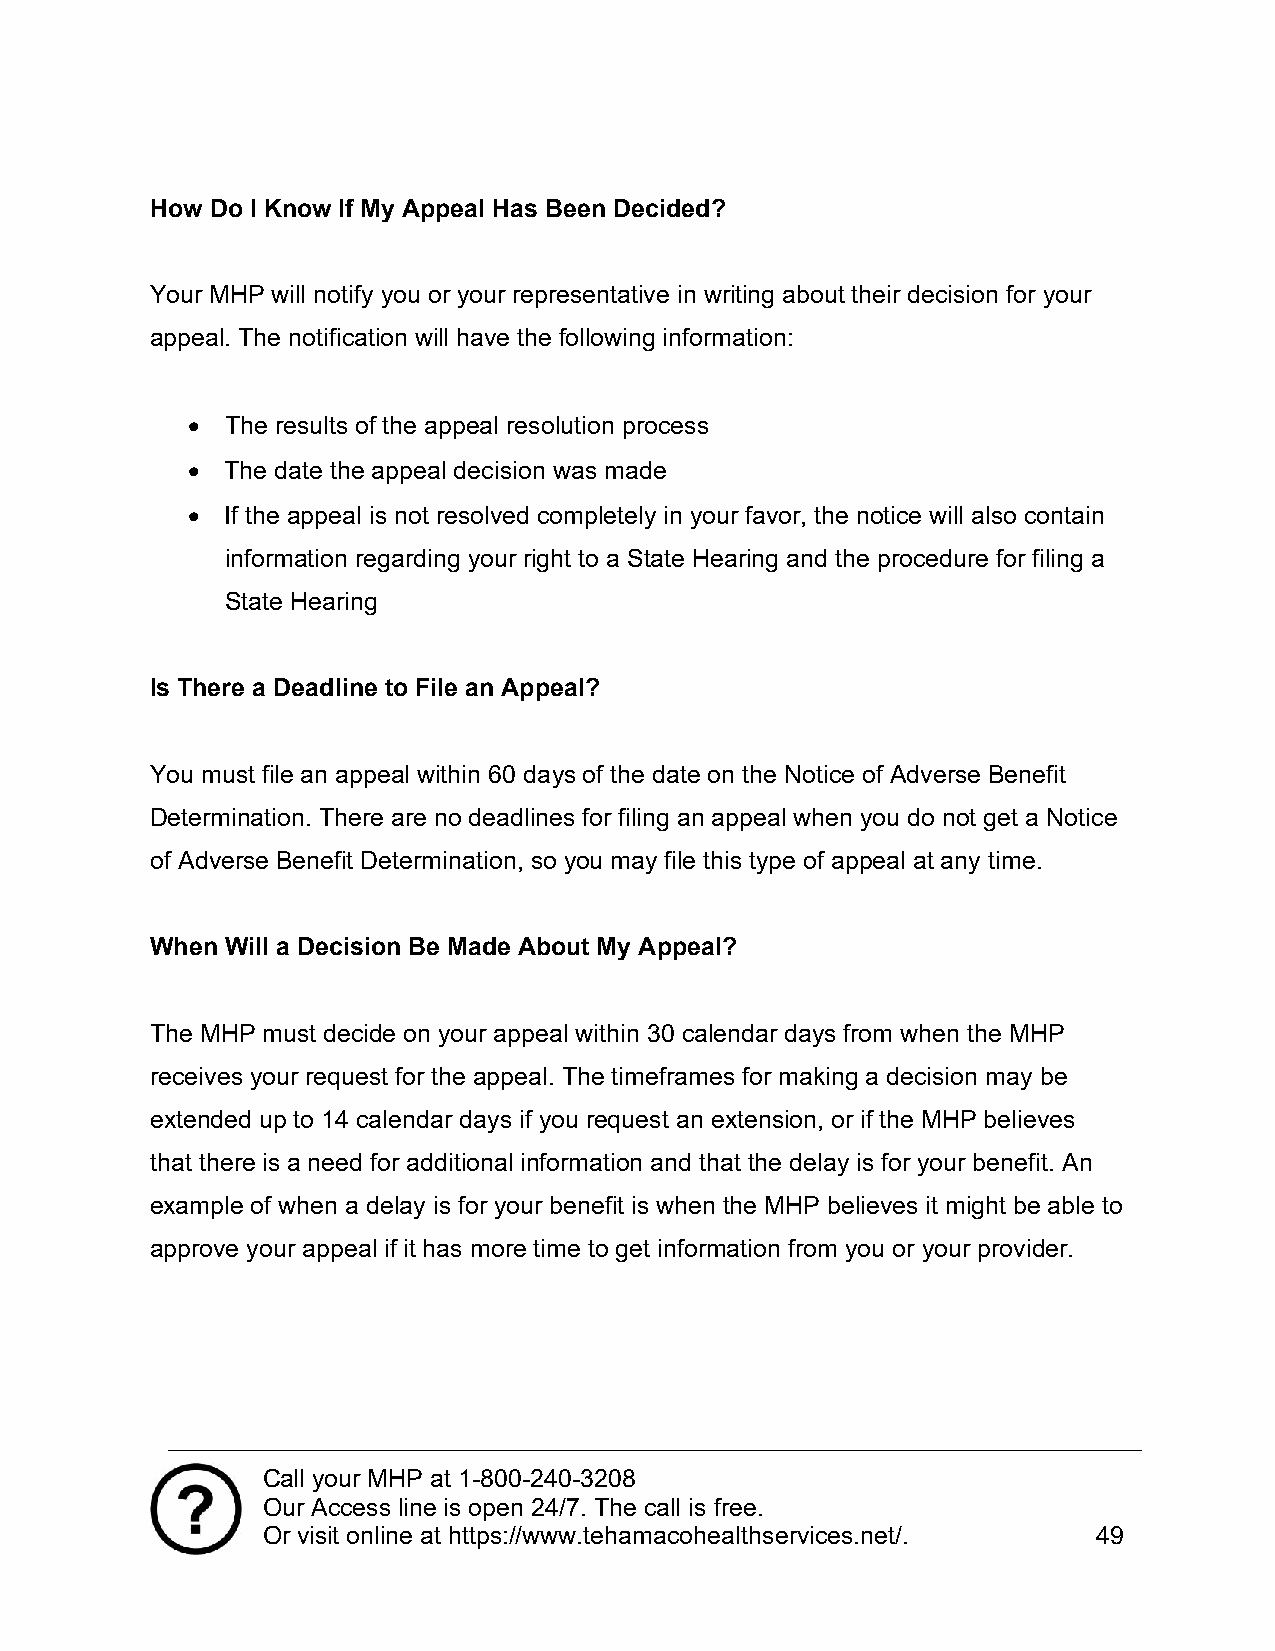
How Do I Know If My Appeal Has Been Decided?
 Your MHP will notify you or your representative in writing about their decision for your
 appeal. The notification will have the following information:
   The results of the appeal resolution process
   The date the appeal decision was made
   If the appeal is not resolved completely in your favor, the notice will also contain
 information regarding your right to a State Hearing and the procedure for filing a
 State Hearing
 Is There a Deadline to File an Appeal?
 You must file an appeal within 60 days of the date on the Notice of Adverse Benefit
 Determination. There are no deadlines for filing an appeal when you do not get a Notice
 of Adverse Benefit Determination, so you may file this type of appeal at any time.
 When Will a Decision Be Made About My Appeal?
 The MHP must decide on your appeal within 30 calendar days from when the MHP
 receives your request for the appeal. The timeframes for making a decision may be
 extended up to 14 calendar days if you request an extension, or if the MHP believes
 that there is a need for additional information and that the delay is for your benefit. An
 example of when a delay is for your benefit is when the MHP believes it might be able to
 approve your appeal if it has more time to get information from you or your provider.
 Call your MHP at 1-800-240-3208
 Our Access line is open 24/7. The call is free.
 Or visit online at https://www.tehamacohealthservices.net/. 49